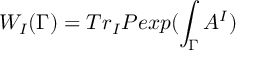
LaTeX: W _ { I } ( \Gamma ) = T r _ { I } P e x p ( \int _ { \Gamma } A ^ { I } )